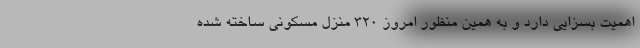
اهمیت بسزایی دارد و به همین منظور امروز ۳۲۰ منزل مسکونی ساخته شده